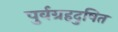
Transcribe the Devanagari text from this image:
पुर्वग्रहदुषित